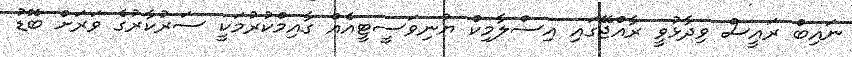
ނައިބް ރައީސް ވިދާޅުވީ ރާއްޖޭގައި އިސްލާމިކް ޔުނިވަސީޓީއެއް ގާއިމްކުރުމަކީ ސަރުކާރުގެ ވަރަށް ބޮޑު